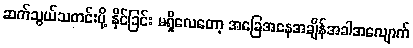
ဆက်သွယ်သတင်းပို့ နိုင်ခြင်း မရှိလေတော့ အခြေအနေအချိန်အခါအလျောက်